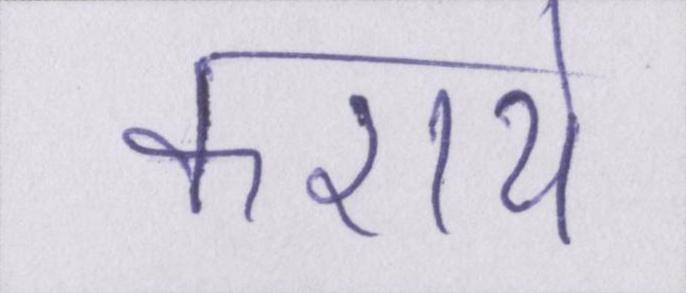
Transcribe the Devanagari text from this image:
कराये